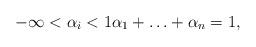
LaTeX: \begin{align*}-\infty < \alpha_i <1 \alpha_1+\ldots+\alpha_n=1,\end{align*}